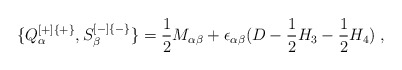
\begin{align*} \{Q^{[+]\{+\}}_\alpha, S^{[-]\{-\}}_\beta\} = {1\over 2} M_{\alpha\beta} + \epsilon_{\alpha\beta} (D - {1\over 2}H_3 - {1\over 2}H_4) \; ,\end{align*}